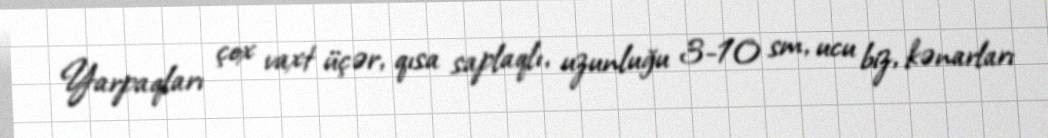
Yarpaqları çox vaxt üçər, qısa saplaqlı, uzunluğu 3-10 sm, ucu biz, kənarları